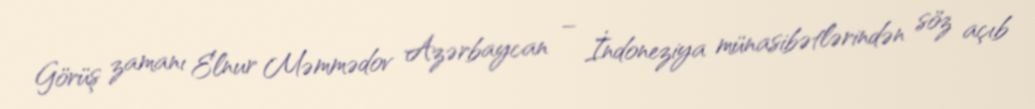
Görüş zamanı Elnur Məmmədov Azərbaycan – İndoneziya münasibətlərindən söz açıb